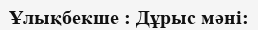
Ұлықбекше : Дұрыс мәні: